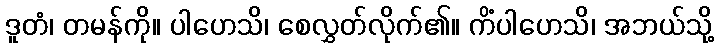
ဒူတံ၊ တမန်ကို။ ပါဟေသိ၊ စေလွှတ်လိုက်၏။ ကိံပါဟေသိ၊ အဘယ်သို့